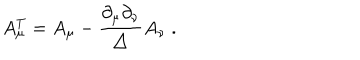
A _ { \mu } ^ { T } = A _ { \mu } - \frac { \partial _ { \mu } \partial _ { \nu } } { \triangle } A _ { \nu } \; .